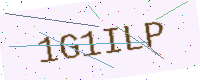
Text: 1G1ILP